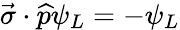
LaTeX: \vec{\sigma}\cdot\widehat{p}\psi_{L}=-\psi_{L}